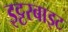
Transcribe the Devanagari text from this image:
इट्टरबाइट